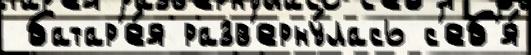
 батар'е́я разв'ерну́лась с'еб'я́